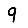
Digit: 9